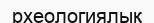
рхеологиялық